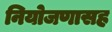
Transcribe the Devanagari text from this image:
नियोजणासह